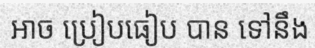
អាច ប្រៀបធៀប បាន ទៅនឹង